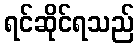
ရင်ဆိုင်ရသည်